Eesti_Vabariigi_Tartu_Ulikool, lk 18
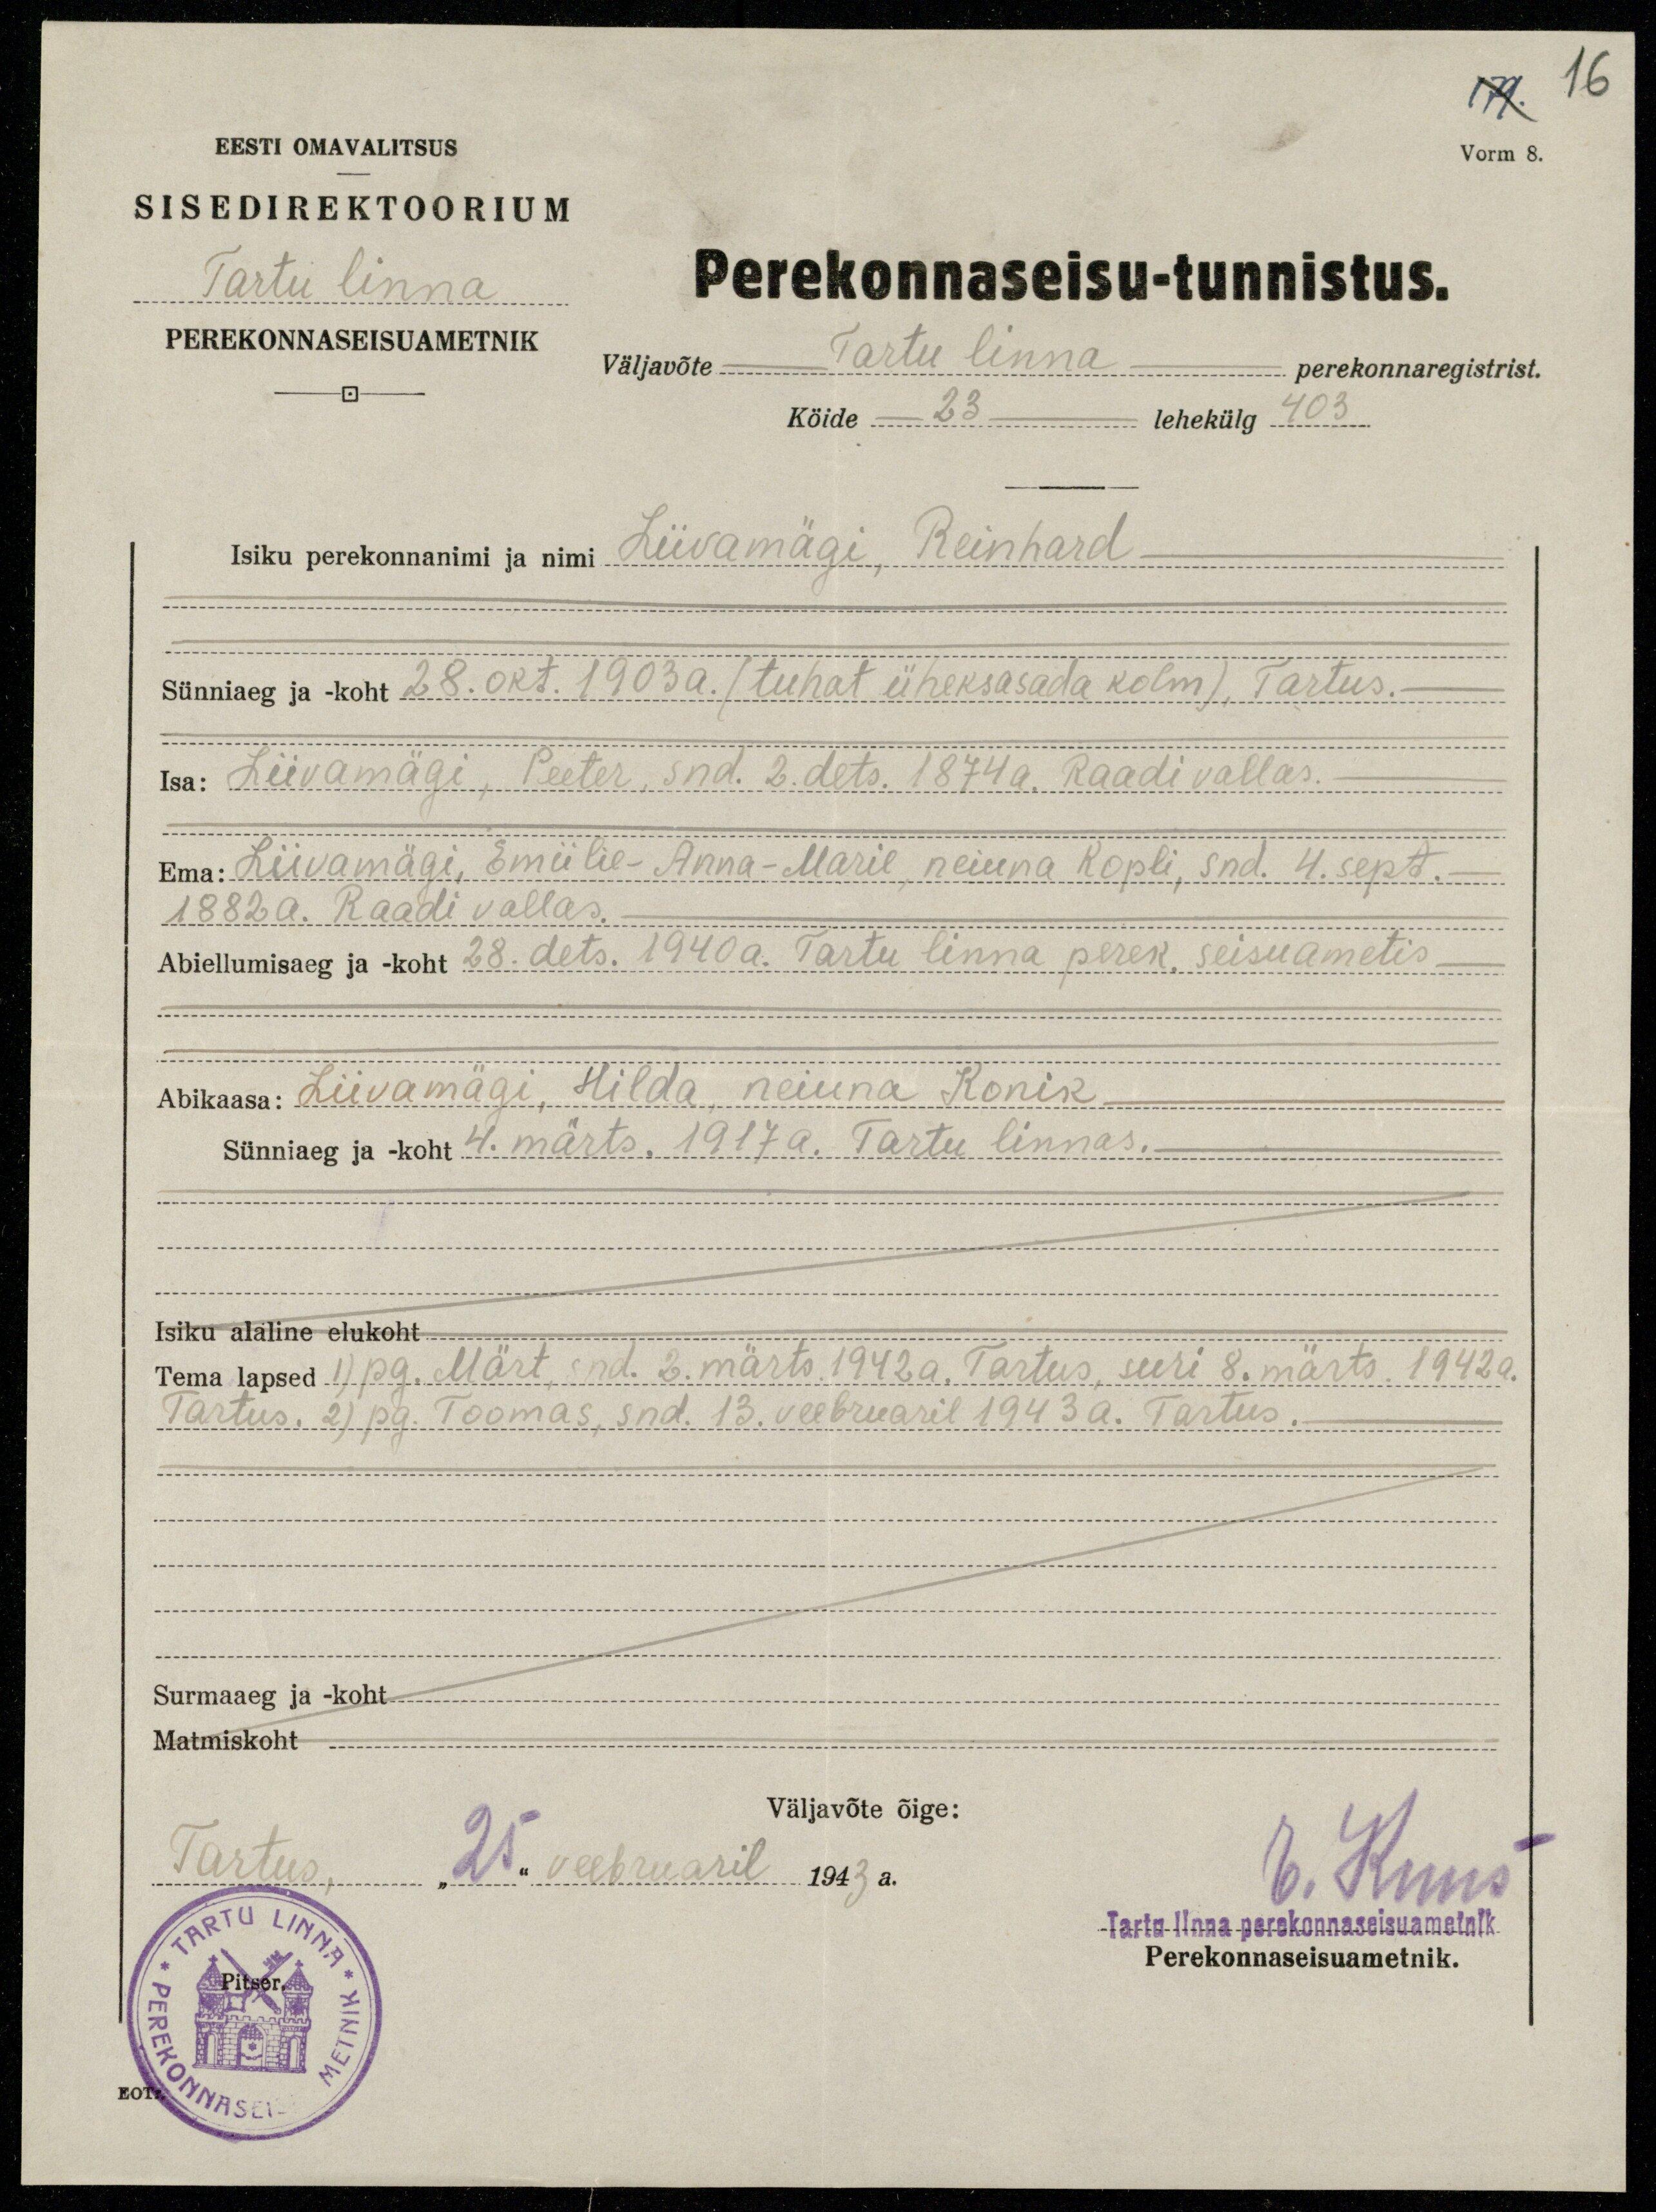
179. 16
Vorm 8.
EESTI OMAVALITSUS
SISEDIREKTOORIUM
Perekonnaseisu-tunnistus.
Tartu linna
PEREKONNASEISUAMETNIK
väljavõte Tartu linna - perekonnaregistrist.
Köide 23 lehekülg 403
Isiku perekonnanimi ja nimi Liivamägi, Reinhard
Sünniaeg ja koht 28. okt. 1903 a. (tuhat üheksasada kolm), Tartus.
Isa: Liivamägi, Peeter, snd. 2. dets. 1874 a. Raadi vallas.
Ema: Liivamägi, Emiilie-Anna-Marie neiuna Kopli, snd. 4. sept.
1882 a. Raadi vallas.
Abiellumisaeg ja koht 28. dets. 1940a. Tartu linna perek. seisuametis
Abikaasa: Liivamägi, Hilda neiuna Konik.
Sünniaeg ja koht 4. märts. 1917 a. Tartu linnas.
Isiku alaline elukoht
Tema lapsed 1) pg. Märt snd. 2. märts. 1942a. Tartus, suri 8. märts. 1942 a.
Tartus. 2) pg. Toomas, snd. 13. veebruaril 1943 a. Tartus
Surmaaeg ja -koht
Matmiskoht
Väljavõte õige:
Tartus, "25" veebruaril 1943 a.
V. Ruus
Tartu linna perekonnaseisuametnik
Perekonnaseisuametnik.